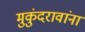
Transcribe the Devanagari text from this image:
मुकुंदरावांना